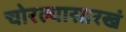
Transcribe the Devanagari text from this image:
चोरल्यासारखं